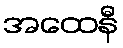
အထေနီ